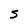
Character: 5